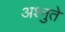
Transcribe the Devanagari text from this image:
अश्नुते